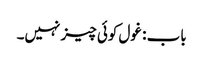
باب : غول کوئی چیز نہیں۔